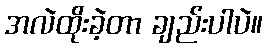
အလဲထိုးခဲ့တာ ချည်းပါပဲ။